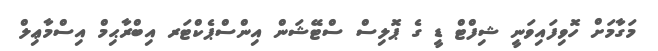
މަގާމަށް ހޮވިފައިވަނީ ޝިފްޓް ޑީ ގެ ޕޮލިސް ސްޓޭޝަން އިންސްޕެކްޓަރ އިބްރާޙިމް އިސްމާޢިލް